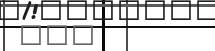
١٥٤